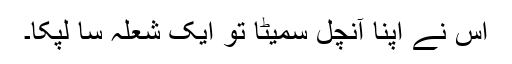
اس نے اپنا آنچل سمیٹا تو ایک شعلہ سا لپکا۔